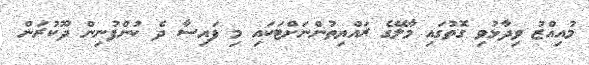
މުއިއްޒު ވިދާޅުވި ގޮތުގައި މާލޭގެ ރައްޔިތުންނަށްޓަކައި މި ފައިސާ ދެ ކުންފުނިން ދޫކުރަން